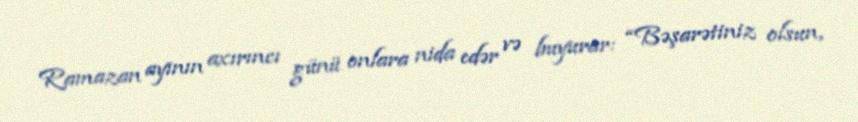
Ramazan ayının axırıncı günü onlara nida edər və buyurar: “Bəşarətiniz olsun,